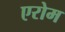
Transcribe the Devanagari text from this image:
एरोम